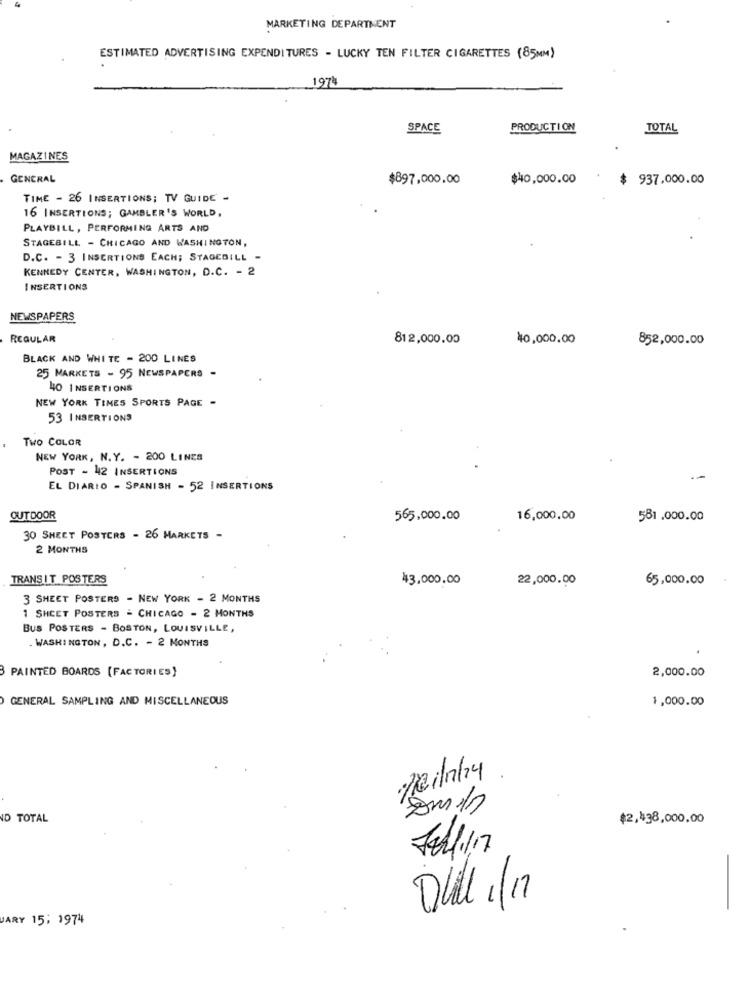
MARKETING DEPARTMENT
ESTIMATED ADVERTISING EXPENDITURES - LUCKY TEN FILTER CIGARETTES (85MM)
1974
SPACE
PRODUCTION
TOTAL
MAGAZINES
GENERAL
$897,000.00
$40,000.00
$ 937.000.00
TIME - 26 INSERTIONS; TV GUIDE -
16 INSERTIONS; GAMBLER'S WORLD,
PLAYBILL, PERFORMING ARTS AND
STAGEBILL - CHICAGO AND WASHINGTON,
D.C. - 3 INSERTIONS EACH; STAGEBILL -
KENNEDY CENTER, WASHINGTON, D.C. - 2
INSERTIONS
NEWSPAPERS
REGULAR
812,000.00
40,000.00
852,000.00
BLACK AND WHITE - 200 LINES
25 MARKETS - 95 NEWSPAPERS -
40 INSERTIONS
NEW YORK TIMES SPORTS PAGE -
53 INSERTIONS
Two COLOR
NEW YORK, N. Y. - 200 LINES
POST - 42 INSERTIONS
EL DIARIO - SPANISH - 52 INSERTIONS
OUTDOOR
565,000.00
16,000.00
581 .000.00
30 SHEET POSTERS - 26 MARKETS -
2 MONTHS
TRANSIT POSTERS
43.000.00
22,000.00
65,000.00
3 SHEET POSTERS - NEW YORK - 2 MONTHS
1 SHEET POSTERS - CHICAGO - 2 MONTHS
BUS POSTERS - BOSTON, LOUISVILLE,
. WASHINGTON, D.C. - 2 MONTHS
PAINTED BOARDS [FACTORIES)
2,000.00
GENERAL SAMPLING AND MISCELLANEOUS
1,000.00
Teinky
Som 1
ID TOTAL
$2,438,000.00
Dull 1/17
VARY 15: 1974